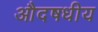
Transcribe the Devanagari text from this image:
औदषधीय